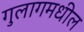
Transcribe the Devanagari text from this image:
गुलागमधील